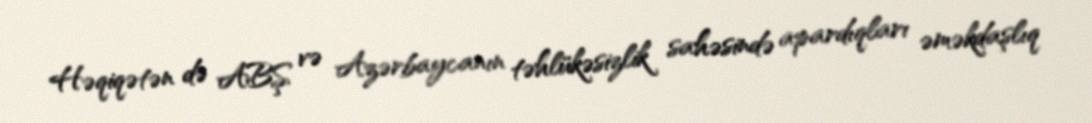
Həqiqətən də ABŞ və Azərbaycanın təhlükəsizlik sahəsində apardıqları əməkdaşlıq